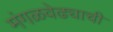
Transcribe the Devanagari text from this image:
मंगळवेढ्याची